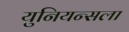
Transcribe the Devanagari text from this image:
युनियन्सला